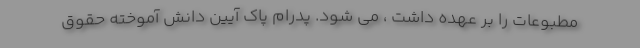
مطبوعات را بر عهده داشت ، می شود. پدرام پاک آیین دانش آموخته حقوق